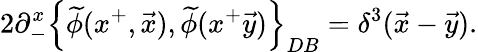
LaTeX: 2\partial_{-}^{x}\left\{ \widetilde{\phi}(x^{+},\vec{x}),\widetilde{\phi}(x^{+}\vec{y})\right\} _{DB}=\delta^{3}(\vec{x}-\vec{y}).